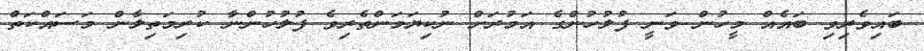
ބައިވެރިވި ބައެއް މީހުން ވަނީ ފުލުހުންގެ އަމުރަށް ނުކިޔަމަންތެރިވެ ފުލުހުންނާ ކުރިމަތިލާން މަސައްކަތް